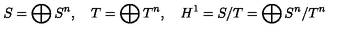
S = \bigoplus S ^ { n } , \quad T = \bigoplus T ^ { n } , \quad H ^ { 1 } = S / T = \bigoplus S ^ { n } / T ^ { n }